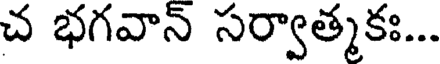
చ భగవాన్ సర్వాత్మకః...